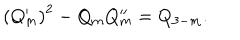
\left( Q _ { m } ^ { \prime } \right) ^ { 2 } - Q _ { m } Q _ { m } ^ { \prime \prime } = Q _ { 3 - m } .